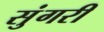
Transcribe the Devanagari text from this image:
सुंगरी